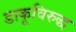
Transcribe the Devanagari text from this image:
डाकूविरुद्ध